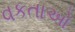
વકતાઓ